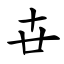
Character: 卋